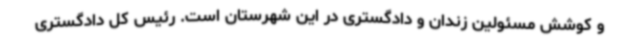
و کوشش مسئولین زندان و دادگستری در این شهرستان است. رئیس کل دادگستری